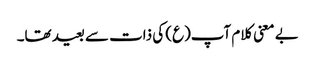
بے معنی کلام آپ(ع) کی ذات سے بعید تھا۔